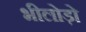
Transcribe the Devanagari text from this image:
भीलोड़ो